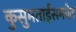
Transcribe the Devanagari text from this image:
कुसुमताईंसमवेत